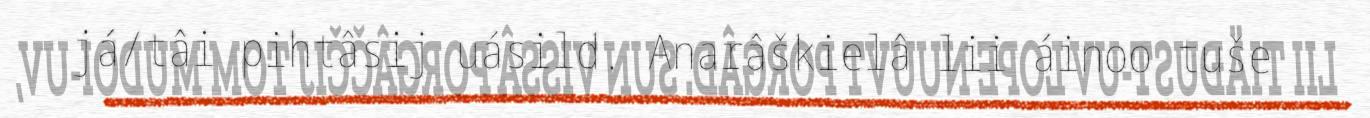
já/tâi pihtâsij uásild. Anarâškielâ lii áinoo tuše